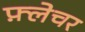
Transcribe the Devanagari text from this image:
फ़्लेचर